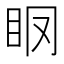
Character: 𥄞